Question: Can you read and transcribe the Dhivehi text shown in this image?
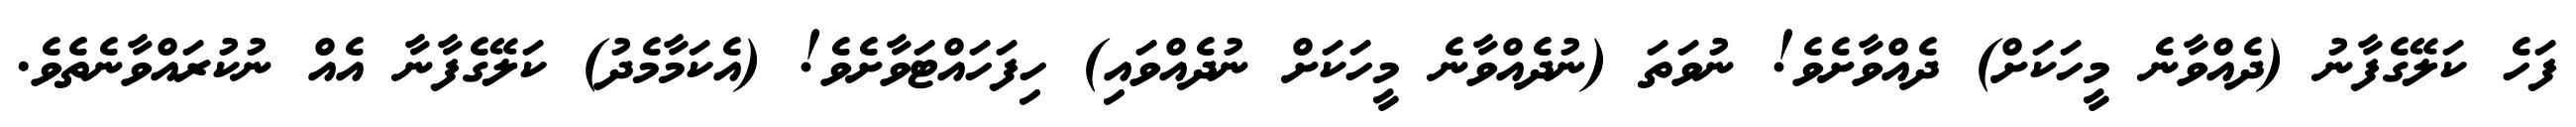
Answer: ފަހެ ކަލޭގެފާނު (ދެއްވާނެ މީހަކަށް) ދެއްވާށެވެ! ނުވަތަ (ނުދެއްވާނެ މީހަކަށް ނުދެއްވައި) ހިފަހައްޓަވާށެވެ! (އެކަމާމެދު) ކަލޭގެފާނާ އެއް ނުކުރައްވާނެތެވެ.